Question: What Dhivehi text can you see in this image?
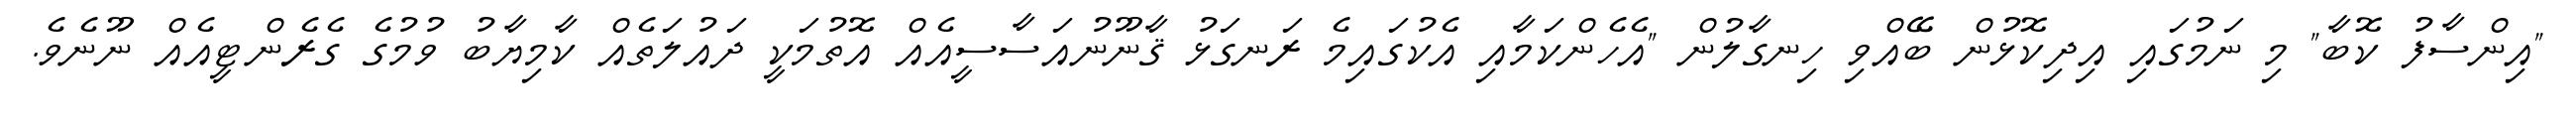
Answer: "އިންސާފު ކޮބާ" މި ނަމުގައި އިދިކޮޅުން ބޭއްވި ހިނގާލުން "އެހެންކަމާއި އެކުގައިމެ ރަނގަޅު ޤާނޫނުއަސާސީއެއް އޮތުމަކީ ދައުލަތެއް ކާމިޔާބު ވުމުގެ ގެރެންޓީއެއް ނޫނެވެ.